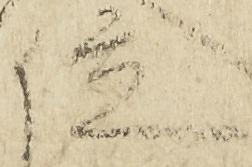
位